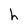
Character: h